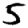
Digit: 5